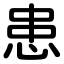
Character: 患